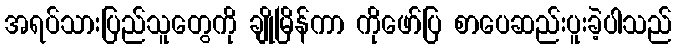
အရပ်သားပြည်သူတွေကို ချိုမြိန်ကာ ကိုဖော်ပြ စာပေဆည်းပူးခဲ့ပါသည်